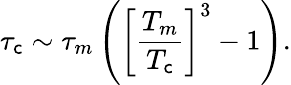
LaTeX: \tau_{\mathsf{c}}\sim\tau_{m}\left(\left[\frac{{T_{m}}}{{T_{\mathsf{c}}}}\right]^{3}-1\right).